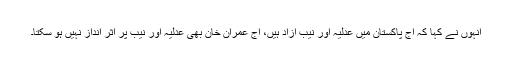
انہوں نے کہا کہ آج پاکستان میں عدلیہ اور نیب آزاد ہیں، آج عمران خان بھی عدلیہ اور نیب پر اثر انداز نہیں ہو سکتا۔